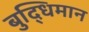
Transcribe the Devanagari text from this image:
बुद्‍धिमान